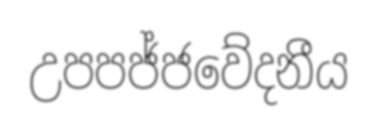
උපපජ්ජවේදනීය